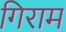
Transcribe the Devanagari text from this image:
गिराम